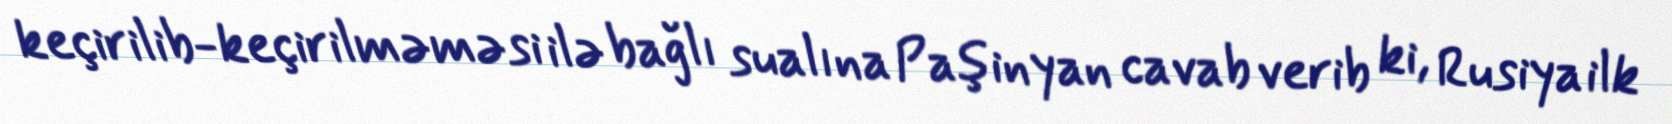
keçirilib-keçirilməməsi ilə bağlı sualına Paşinyan cavab verib ki, Rusiya ilk